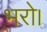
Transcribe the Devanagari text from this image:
भरो।